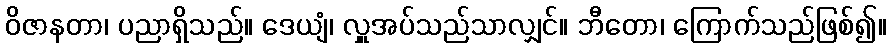
ဝိဇာနတာ၊ ပညာရှိသည်။ ဒေယျံ၊ လှူအပ်သည်သာလျှင်။ ဘီတော၊ ကြောက်သည်ဖြစ်၍။